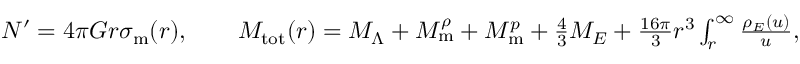
\begin{array} { r } { N ^ { \prime } = 4 \pi G r \sigma _ { \mathrm { m } } ( r ) , \qquad M _ { \mathrm { t o t } } ( r ) = M _ { \Lambda } + M _ { \mathrm { m } } ^ { \rho } + M _ { \mathrm { m } } ^ { p } + \frac { 4 } { 3 } M _ { E } + \frac { 1 6 \pi } { 3 } r ^ { 3 } \int _ { r } ^ { \infty } \d u \frac { \rho _ { E } ( u ) } { u } , } \end{array}